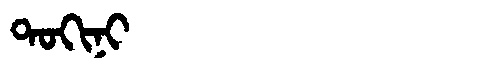
Manchu: ᡨᠣᡴᡳᠨᡳ
Romanization: TOKINI